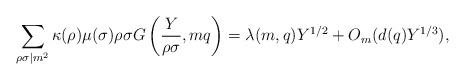
\begin{align*} \sum_{\rho\sigma\mid m^2}\kappa(\rho)\mu(\sigma)\rho\sigma G\left(\frac{Y}{\rho\sigma},mq\right) =\lambda(m,q)Y^{1/2}+O_m(d(q)Y^{1/3}),\end{align*}